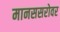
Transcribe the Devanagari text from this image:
मानससरोवर